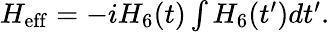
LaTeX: \begin{array}{r}{H_{\mathrm{eff}}=-iH_{6}(t)\int H_{6}(t^{\prime})dt^{\prime}.}\end{array}